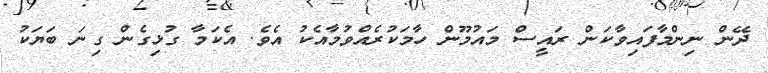
ދޭން ނިންމާފައިވާކަން ރައީސް މައުމޫން ހާމަކުރެއްވުމާއެކު އެވެ. އެކަމާ ގުޅިގެން ގިނަ ބަޔަކު